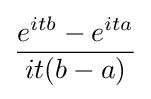
{\frac {e^{itb}-e^{ita}}{it(b-a)}}